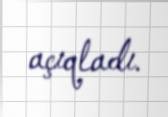
açıqladı.